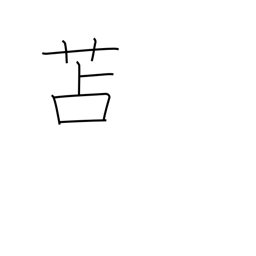
Meaning: rush matting